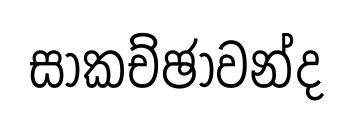
සාකච්ඡාවන්ද